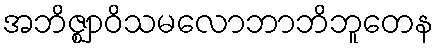
အဘိဇ္ဈာဝိသမလောဘာဘိဘူတေန